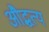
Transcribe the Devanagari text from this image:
औद्धत्य